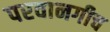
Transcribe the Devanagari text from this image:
परवानगीच